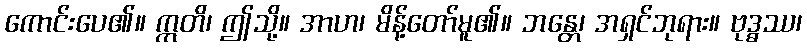
ကောင်းပေ၏။ ဣတိ၊ ဤသို့။ အာဟ၊ မိန့်တော်မူ၏။ ဘန္တေ၊ အရှင်ဘုရား။ ဗုဒ္ဓဿ၊